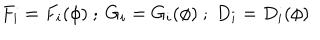
F _ { i } = F _ { i } ( \phi ) \ ; \ G _ { i } = G _ { i } ( \phi ) \ ; \ D _ { i } = D _ { i } ( \phi )